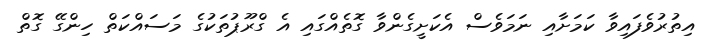
އިތުރުވެފައިވާ ކަމަށާއި ނަމަވެސް އެކަށީގެންވާ ގޮތެއްގައި އެ ގްރޫޕުތަކުގެ މަސައްކަތް ހިންގޭ ގޮތް